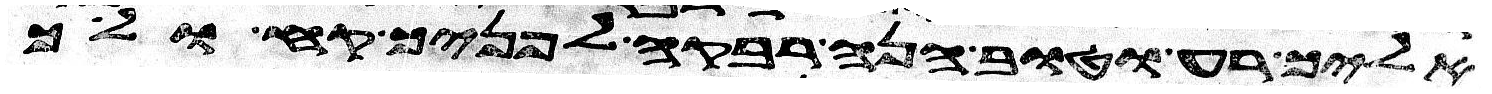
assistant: אליך רע וטוב הנה רבקה לפניך קח ולך